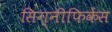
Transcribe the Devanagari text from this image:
सिग्नीफिकेंस